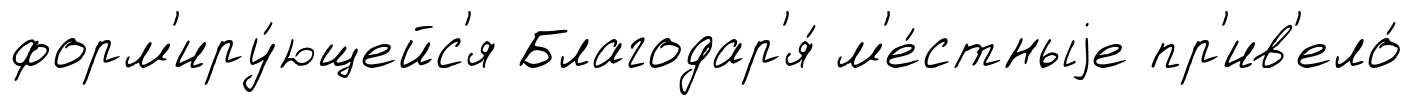
форм'иру́ющейс'я Благодар'я́ м'е́стныjе пр'ив'ело́